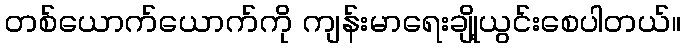
တစ်ယောက်ယောက်ကို ကျန်းမာရေးချို့ယွင်းစေပါတယ်။